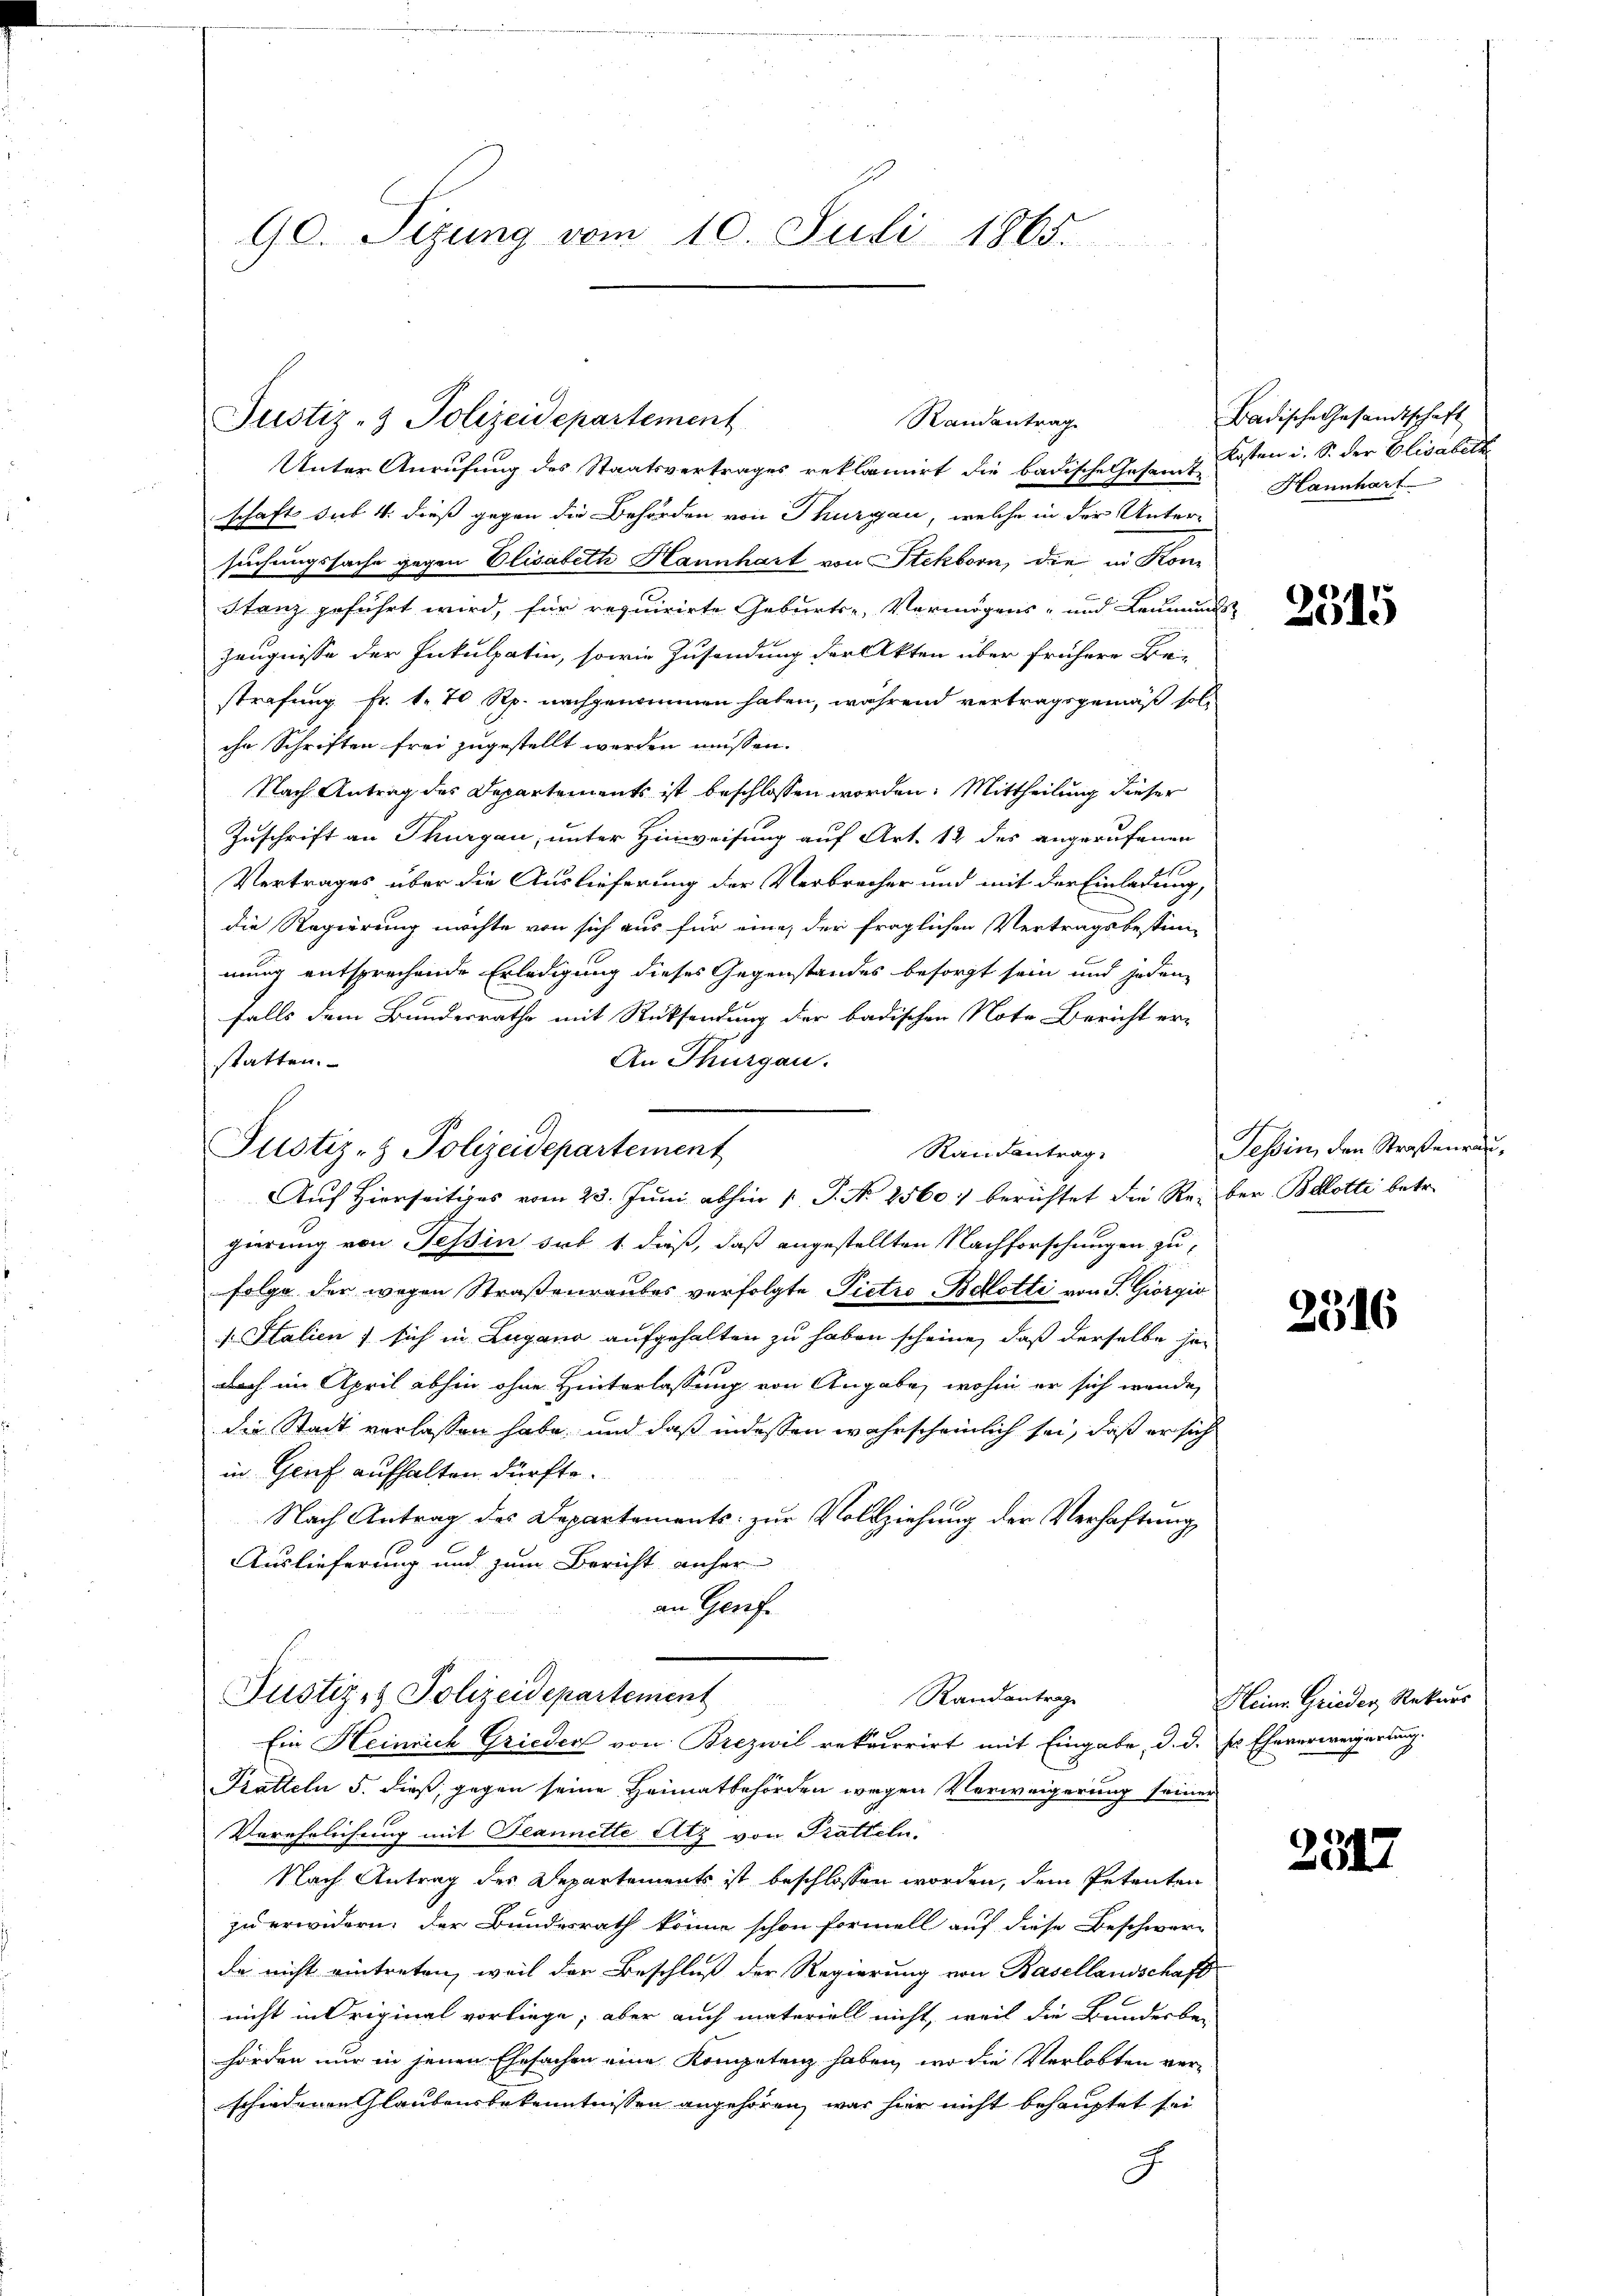
90. Sizung vom 10. Juli 1865.

Justiz- & Polizeidepartement

Unter Anrufung des Staatsvertrages reklamirt die badische Gesamt Kosten i. S. der Elisabest
schaft sub 4. dieß gegen die Behörden von Thurgau, welche in der Unter-
suchungssache gegen Elisabeth Hannhart von Stekborn, die in Kon¬
Stanz geführt wird, für requirirte Geburts- Vermögens- und Leumunds
Zeugnisse der Inkulpatin, sowie Zusendung der Akten über frühere Bei-
strafung fr. 1. 70 Rp. nachgenommen haben, während vertragsgemäß solihn Schriften frei zugestellt worden müssen.
Nach Antrag des Departements ist beschlossen worden. Mittheilung dieser
Zuschrift an Thurgau, unter Hinweisung auf Art. 12 des angerufenen
Vertrages über die Auslieferung der Verbrecher und mit der Einladung,
die Regierung möchte von sich aus für eine, der fraglichen Vertragsbestim-
mung entsprechende Erledigung dieses Gegenstandes besorgt sein und jeden
falls dem Bundesrathe mit Rücksendung der badischen Note Bericht er-
An Thurgau.
statten.
Auf Hierseitiges vom 23. Juni abhin 1 S. N. 2560) berichtet die Reber Belotte betr.
gierung von Tessin sub. 1. daß, daß angestellten Nachforschungen zufolge der wegen Straßenraubes verfolgte Pietro Bohlotti von S. Giorgio
1. Stalien) sich in Lugano aufgehalten zu haben scheine, daß derselbe je-
doch im April abhin ohne Hinterlassung von Angabe, wohin er sich wende,
die Stadt verlassen habe, und daß indessen wahrscheinlich sei, daß er sich
in Genf aufhalten dürfte.
Nach Antrag des Departements zur Vollziehung der Verhaftung,
Auslieferung und zum Bericht anher
an Gerif¬
Justiz- & Polizeidepartement
Randantrage
Ein Heinrich Grieders von Brezwil rekurrirt mit Eingabe, d. d. Er Eheverweigerung
Pratteln 5. dieß, gegen seine Heimatbehörden wegen Verweigerung seiner
Verehrlichung mit Plannette Atz von Pratteln.
Nach Antrag des Departements ist beschlossen worden, dem Petenten
zu erwidern, der Bundesrath könne schon formell auf diese Beschwere
da nicht eintreten, weil der Beschluß der Regierung von Basellandschaft
nicht in Original vorliege, aber auch materiell nicht, weil die Bundesbe-
hörden nur in jenen Ehesachen eine Kompetenz haben, wo die Verlobten ver-
schiedenen Glaubensbekenntnissen angehören, was hier nicht behauptet sei
J

Justiz- & Polizeidepartement
Raisantrag

Randantrag

Badische Gesandtschaft
Hannhart

2315

Tessin, den Straßenrau¬

2516

Heinr. Grieder Rekurs

2317